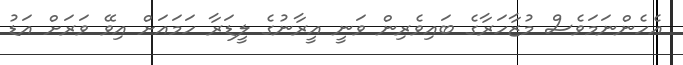
އެހެންނަމަވެސް މުޒާހަރާގެ ބައިވެރިން ވަނީ އީރާނުގެ ލީޑަރާ ހަމައަށް އިވޭ ވަރަށް އަޑު